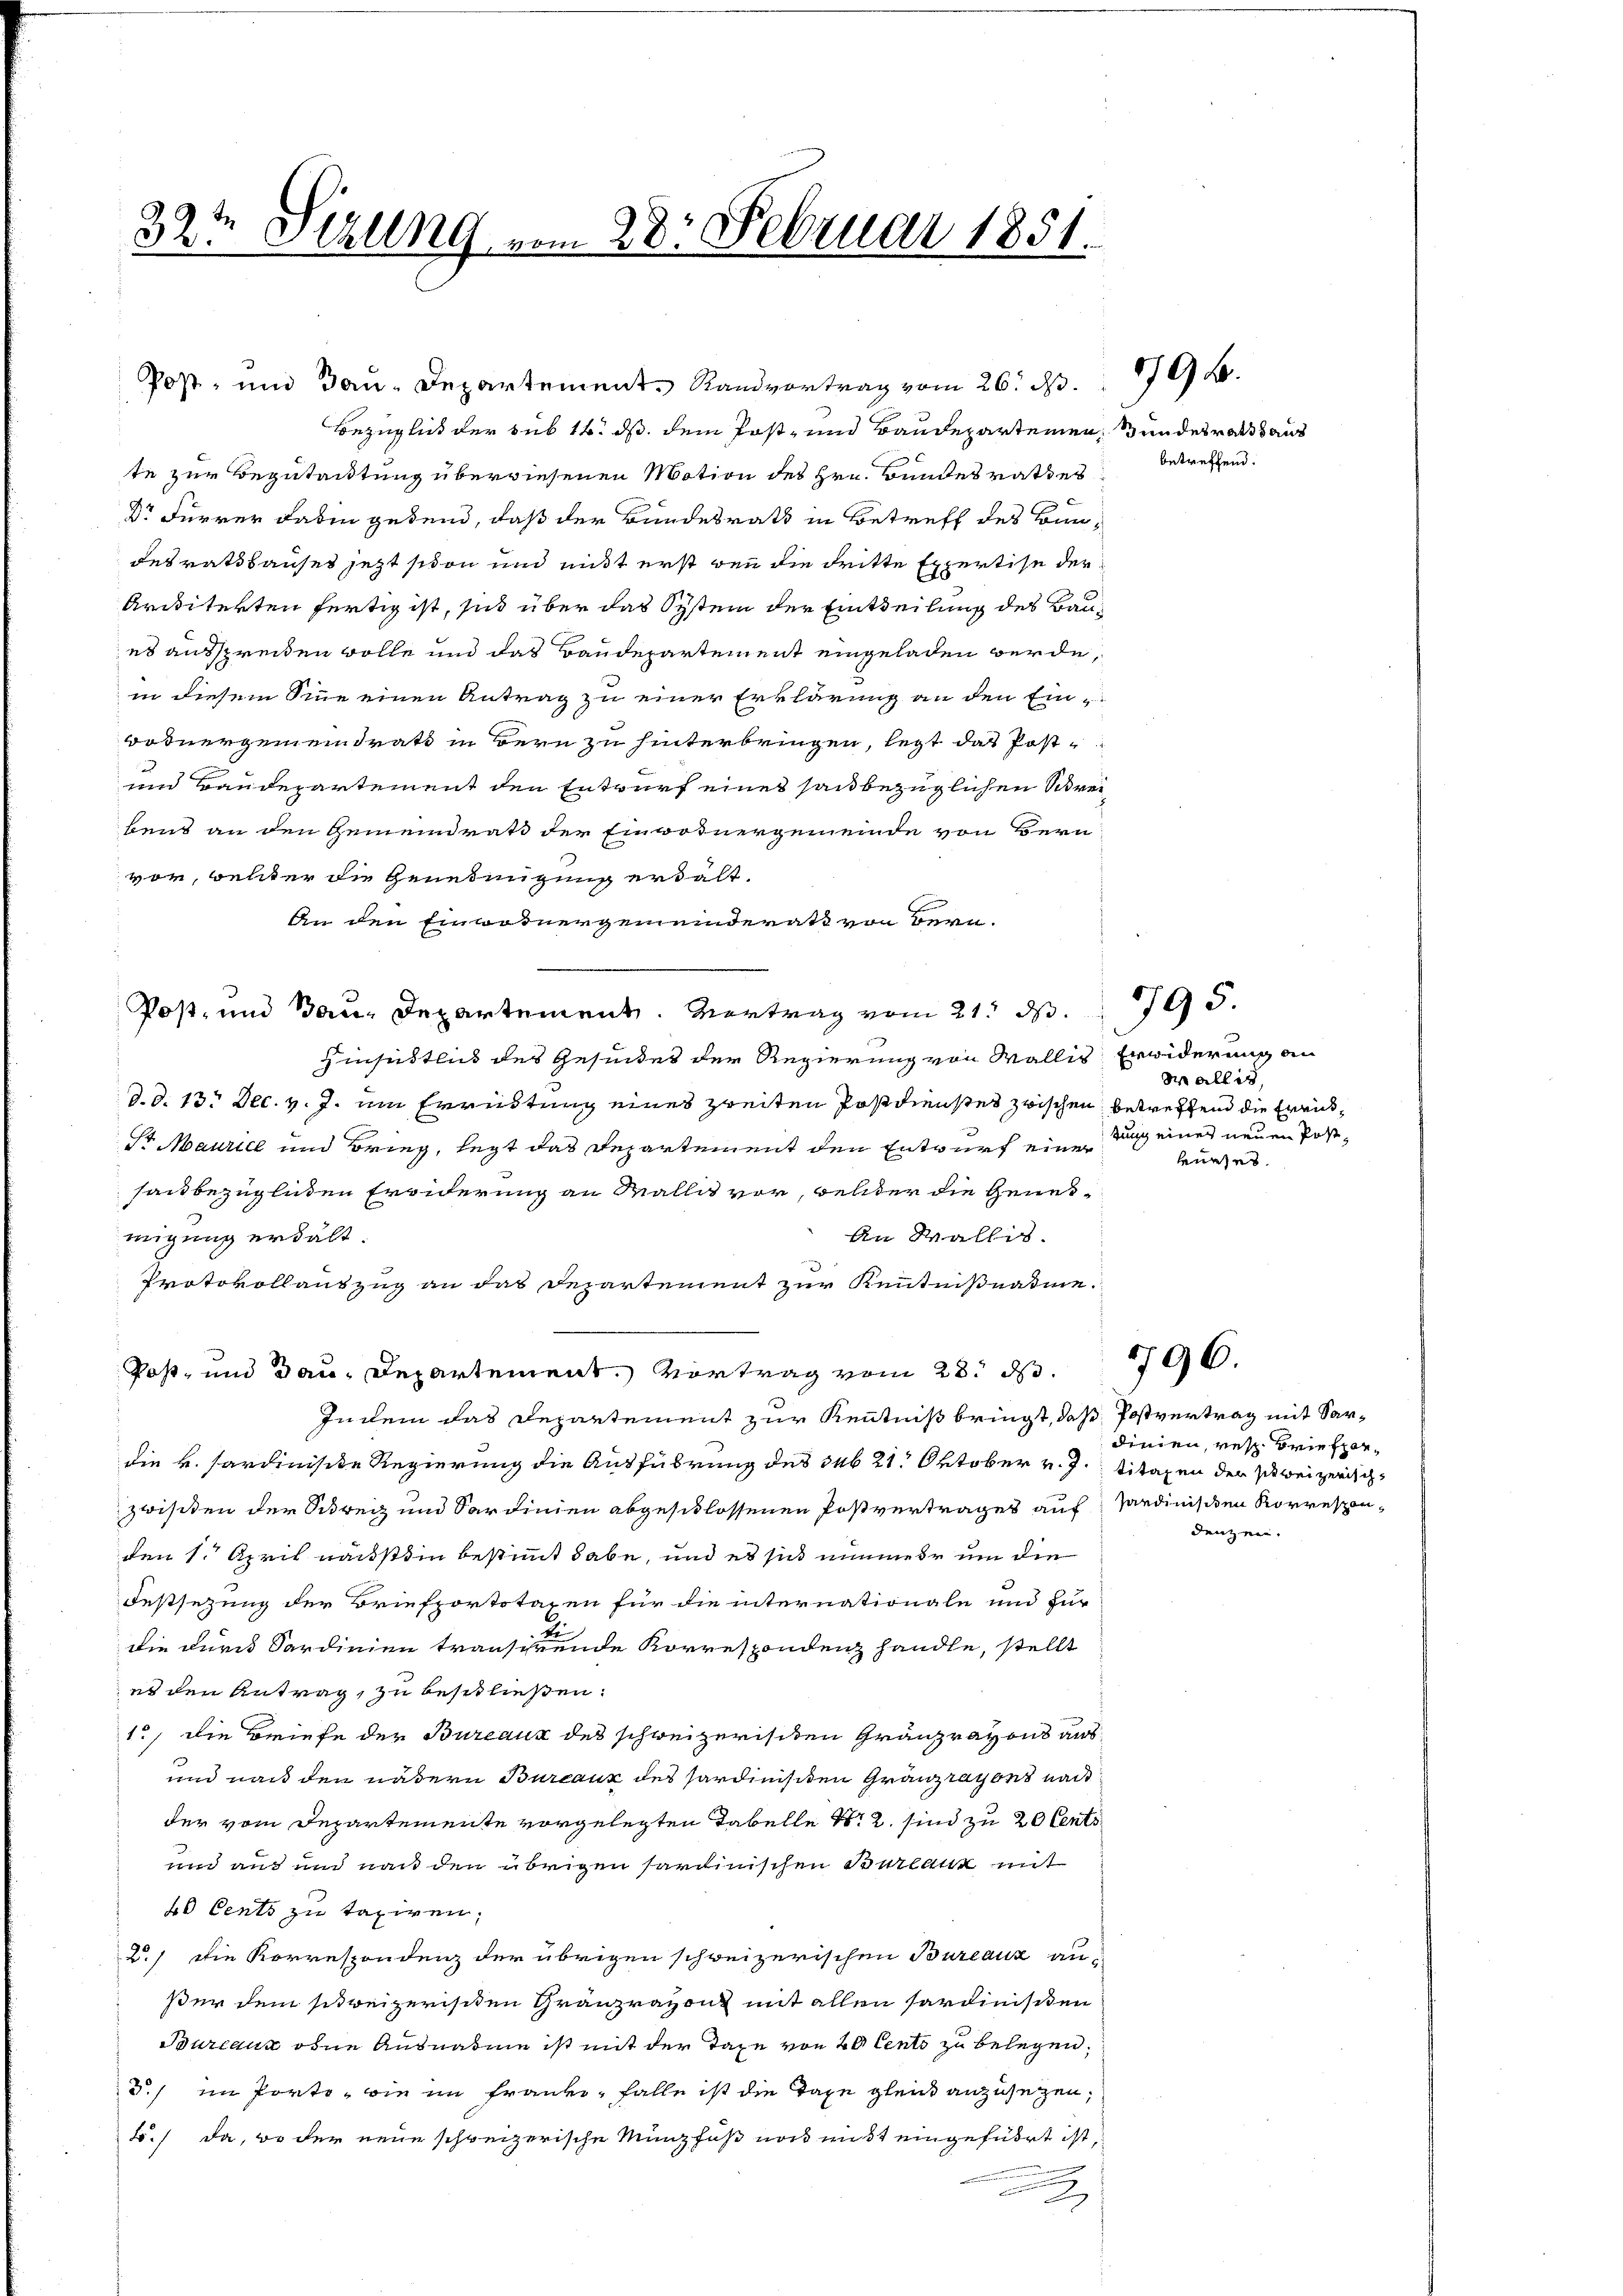
32te Sizung vom 28. Februar 1851.

Post- und Bau-Departement Randvortrag vom 26. d.
Bezüglich der sub 14. ds. dem Post- und Baudepartemen, undesraths aus
te zur Begutachtung überwiesenen Motion des Hrn. Bundesrathes
Dr Furrer Faden gebend, daß der Bundesrath in Betreff des Bundesratshauses jetzt schon und mißt erst den die dritte Expertise der
Architekten fertig ist, sich über das System der Eintheilung des Baues ausspreiten wolle und das Baudepartement eingeladen werde,
in diesem Sinne einen Antrag zu einer Erklärung an den Ein¬
Bodnergemeindrats in Bern zu hinterbringen, legt das Post¬
und Baudepartement den Entwurf eines sau bezüglichen Schreibens an den Gemeindrath der Einwohnergemeinde von Bern
vor, welcher die Genehmigung erhält,
An den Einwohnergemeinderath von Bern.
Post- und Bau-Departement. Vertrag vom 21. d. 195.
Hinsittlich des Gesundes der Regierung von Wallis Erwiderung an
d. d. 13. Dec. v. J. um Erwüstung eines zweiten Postdienstes zwischen betreffend die Errich¬
St Maurice und Brieg, legt das Departement den Entwurf eine dung einer neuen Postsau bezüglichen Eronderung an Mallit vor, selter die Genes¬
An Wallis.
migung erhält.
Protokollauszug an das Departement zur Kenntnißnahme.
Post- und Bau-Departement. Vortrag vom 28. ds.
Indem das Departement zur Kenntniß bringt, daß Postvertrag mit Sardie v. Pardiniste Regierung die Ausführung des sub 21. Oktober v. J. Titaxen der beizerisch¬
Zwisten der Schweg und Sardinien abgeschlossenen Postvertrages auf Sardinischen Korresponden 1. April nächstein bestimmt habe, und es sich nimmer um die
Festsezung der Briefportotaxen für die internationale und zur
ke
die durch Sardinien träuschrende Korrespondenz handle, stellt
es den Antrag, zu beschließen:
1., die Briefe der Bureaux des schweizerischen Gränzrayons aus
und nach den nähern Bureaux des Pardinisten Grauzrayons nac
der vom Departemente vorgelegten Tabelle N. 2. sind zu 20 Cents
und aus und nach den übrigen sartinischen Barlack mit
b0 Cents zu taxiren.
2.) Die Korrespondenz der übrigen schweizerischen Bureauz au
ßer dem schweizerischen Gränzrazonz mit allen Sardinisten
Bureaux oder Ausnahme ist mit der Taxe von 20 Cento zu belegen.
d./ im Porto, wie im Franke, Falle ist die Taxe gleich anzusetzen,
./ da, wo der neue schweizerische Münzfuß nach mißt eingeführt ist,
2

betreffend.

79 b

Wallis,
kurses.

796.

dinien, resp. Briefpardenzen.